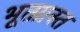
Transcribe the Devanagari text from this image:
भूतग्रस्त